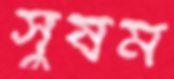
সুষম